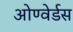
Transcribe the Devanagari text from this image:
ओण्वेर्डस